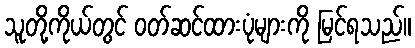
သူတို့ကိုယ်တွင် ဝတ်ဆင်ထားပုံများကို မြင်ရသည်။